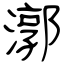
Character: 漷